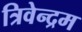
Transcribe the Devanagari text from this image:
त्रिवेन्‍द्रम